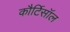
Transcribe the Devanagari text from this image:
कौर्टिसॉल